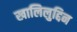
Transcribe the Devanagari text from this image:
खालिलुद्दिन